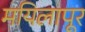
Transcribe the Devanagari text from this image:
मयिलापूर